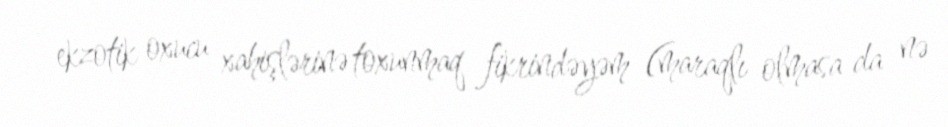
- ekzotik oxucu xahişlərinə toxunmaq fikrindəyəm (maraqlı olmasa da nə